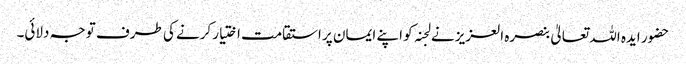
حضور ایدہ اللہ تعالیٰ بنصرہ العزیز نے لجنہ کو اپنے ایمان پر استقامت اختیار کرنے کی طرف توجہ دلائی۔